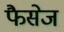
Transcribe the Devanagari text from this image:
फैसेज